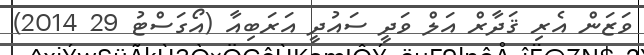
ވަޒަން އެރި ޤަދާރް އަލް ވަދީ ސައުދީ އަރަބިއާ (އޯގަސްޓު 29 2014)